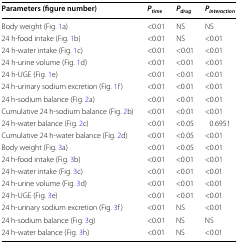
<table><thead><tr><td><b>Parameters (figure number)</b></td><td><b><i>P</i><sub><i>time</i></sub></b></td><td><b><i>P</i><sub><i>drug</i></sub></b></td><td><b><i>P</i><sub><i>interaction</i></sub></b></td></tr></thead><tbody><tr><td>Body weight (Fig. 1a)</td><td>&lt;0.01</td><td>NS</td><td>NS</td></tr><tr><td>24 h-food intake (Fig. 1b)</td><td>&lt;0.01</td><td>NS</td><td>&lt;0.01</td></tr><tr><td>24 h-water intake (Fig. 1c)</td><td>&lt;0.01</td><td>&lt;0.01</td><td>&lt;0.01</td></tr><tr><td>24 h-urine volume (Fig. 1d)</td><td>&lt;0.01</td><td>&lt;0.01</td><td>&lt;0.01</td></tr><tr><td>24 h-UGE (Fig. 1e)</td><td>&lt;0.01</td><td>&lt;0.01</td><td>&lt;0.01</td></tr><tr><td>24 h-urinary sodium excretion (Fig. 1f)</td><td>&lt;0.01</td><td>&lt;0.01</td><td>&lt;0.01</td></tr><tr><td>24 h-sodium balance (Fig. 2a)</td><td>&lt;0.01</td><td>&lt;0.01</td><td>&lt;0.01</td></tr><tr><td>Cumulative 24 h-sodium balance (Fig. 2b)</td><td>&lt;0.01</td><td>&lt;0.01</td><td>&lt;0.01</td></tr><tr><td>24 h-water balance (Fig. 2c)</td><td>&lt;0.01</td><td>&lt;0.05</td><td>0.6951</td></tr><tr><td>Cumulative 24 h-water balance (Fig. 2d)</td><td>&lt;0.01</td><td>&lt;0.05</td><td>&lt;0.01</td></tr><tr><td>Body weight (Fig. 3a)</td><td>&lt;0.01</td><td>&lt;0.05</td><td>&lt;0.01</td></tr><tr><td>24 h-food intake (Fig. 3b)</td><td>&lt;0.01</td><td>&lt;0.01</td><td>&lt;0.01</td></tr><tr><td>24 h-water intake (Fig. 3c)</td><td>&lt;0.01</td><td>&lt;0.01</td><td>&lt;0.01</td></tr><tr><td>24 h-urine volume (Fig. 3d)</td><td>&lt;0.01</td><td>&lt;0.01</td><td>&lt;0.01</td></tr><tr><td>24 h-UGE (Fig. 3e)</td><td>&lt;0.01</td><td>&lt;0.01</td><td>&lt;0.01</td></tr><tr><td>24 h-urinary sodium excretion (Fig. 3f)</td><td>&lt;0.01</td><td>NS</td><td>&lt;0.01</td></tr><tr><td>24 h-sodium balance (Fig. 3g)</td><td>&lt;0.01</td><td>NS</td><td>NS</td></tr><tr><td>24 h-water balance (Fig. 3h)</td><td>&lt;0.01</td><td>NS</td><td>&lt;0.01</td></tr></tbody></table>